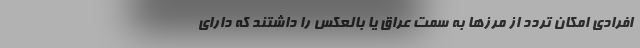
افرادی امکان تردد از مرزها به سمت عراق یا بالعکس را داشتند که دارای